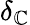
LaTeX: \delta_{\mathbb{C}}